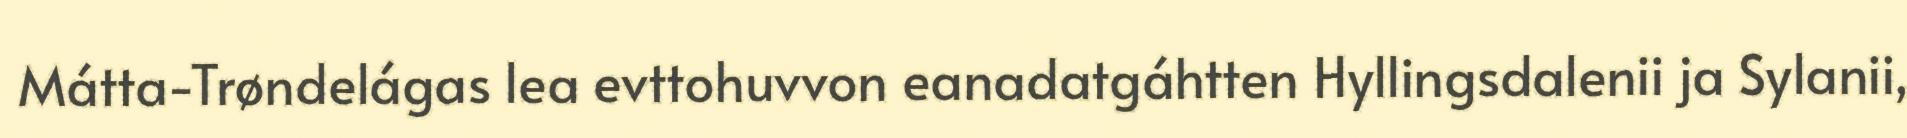
Mátta-Trøndelágas lea evttohuvvon eanadatgáhtten Hyllingsdalenii ja Sylanii,